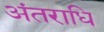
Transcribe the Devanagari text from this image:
अंतराधि